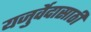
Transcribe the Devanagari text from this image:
यजुर्वेदासाठी